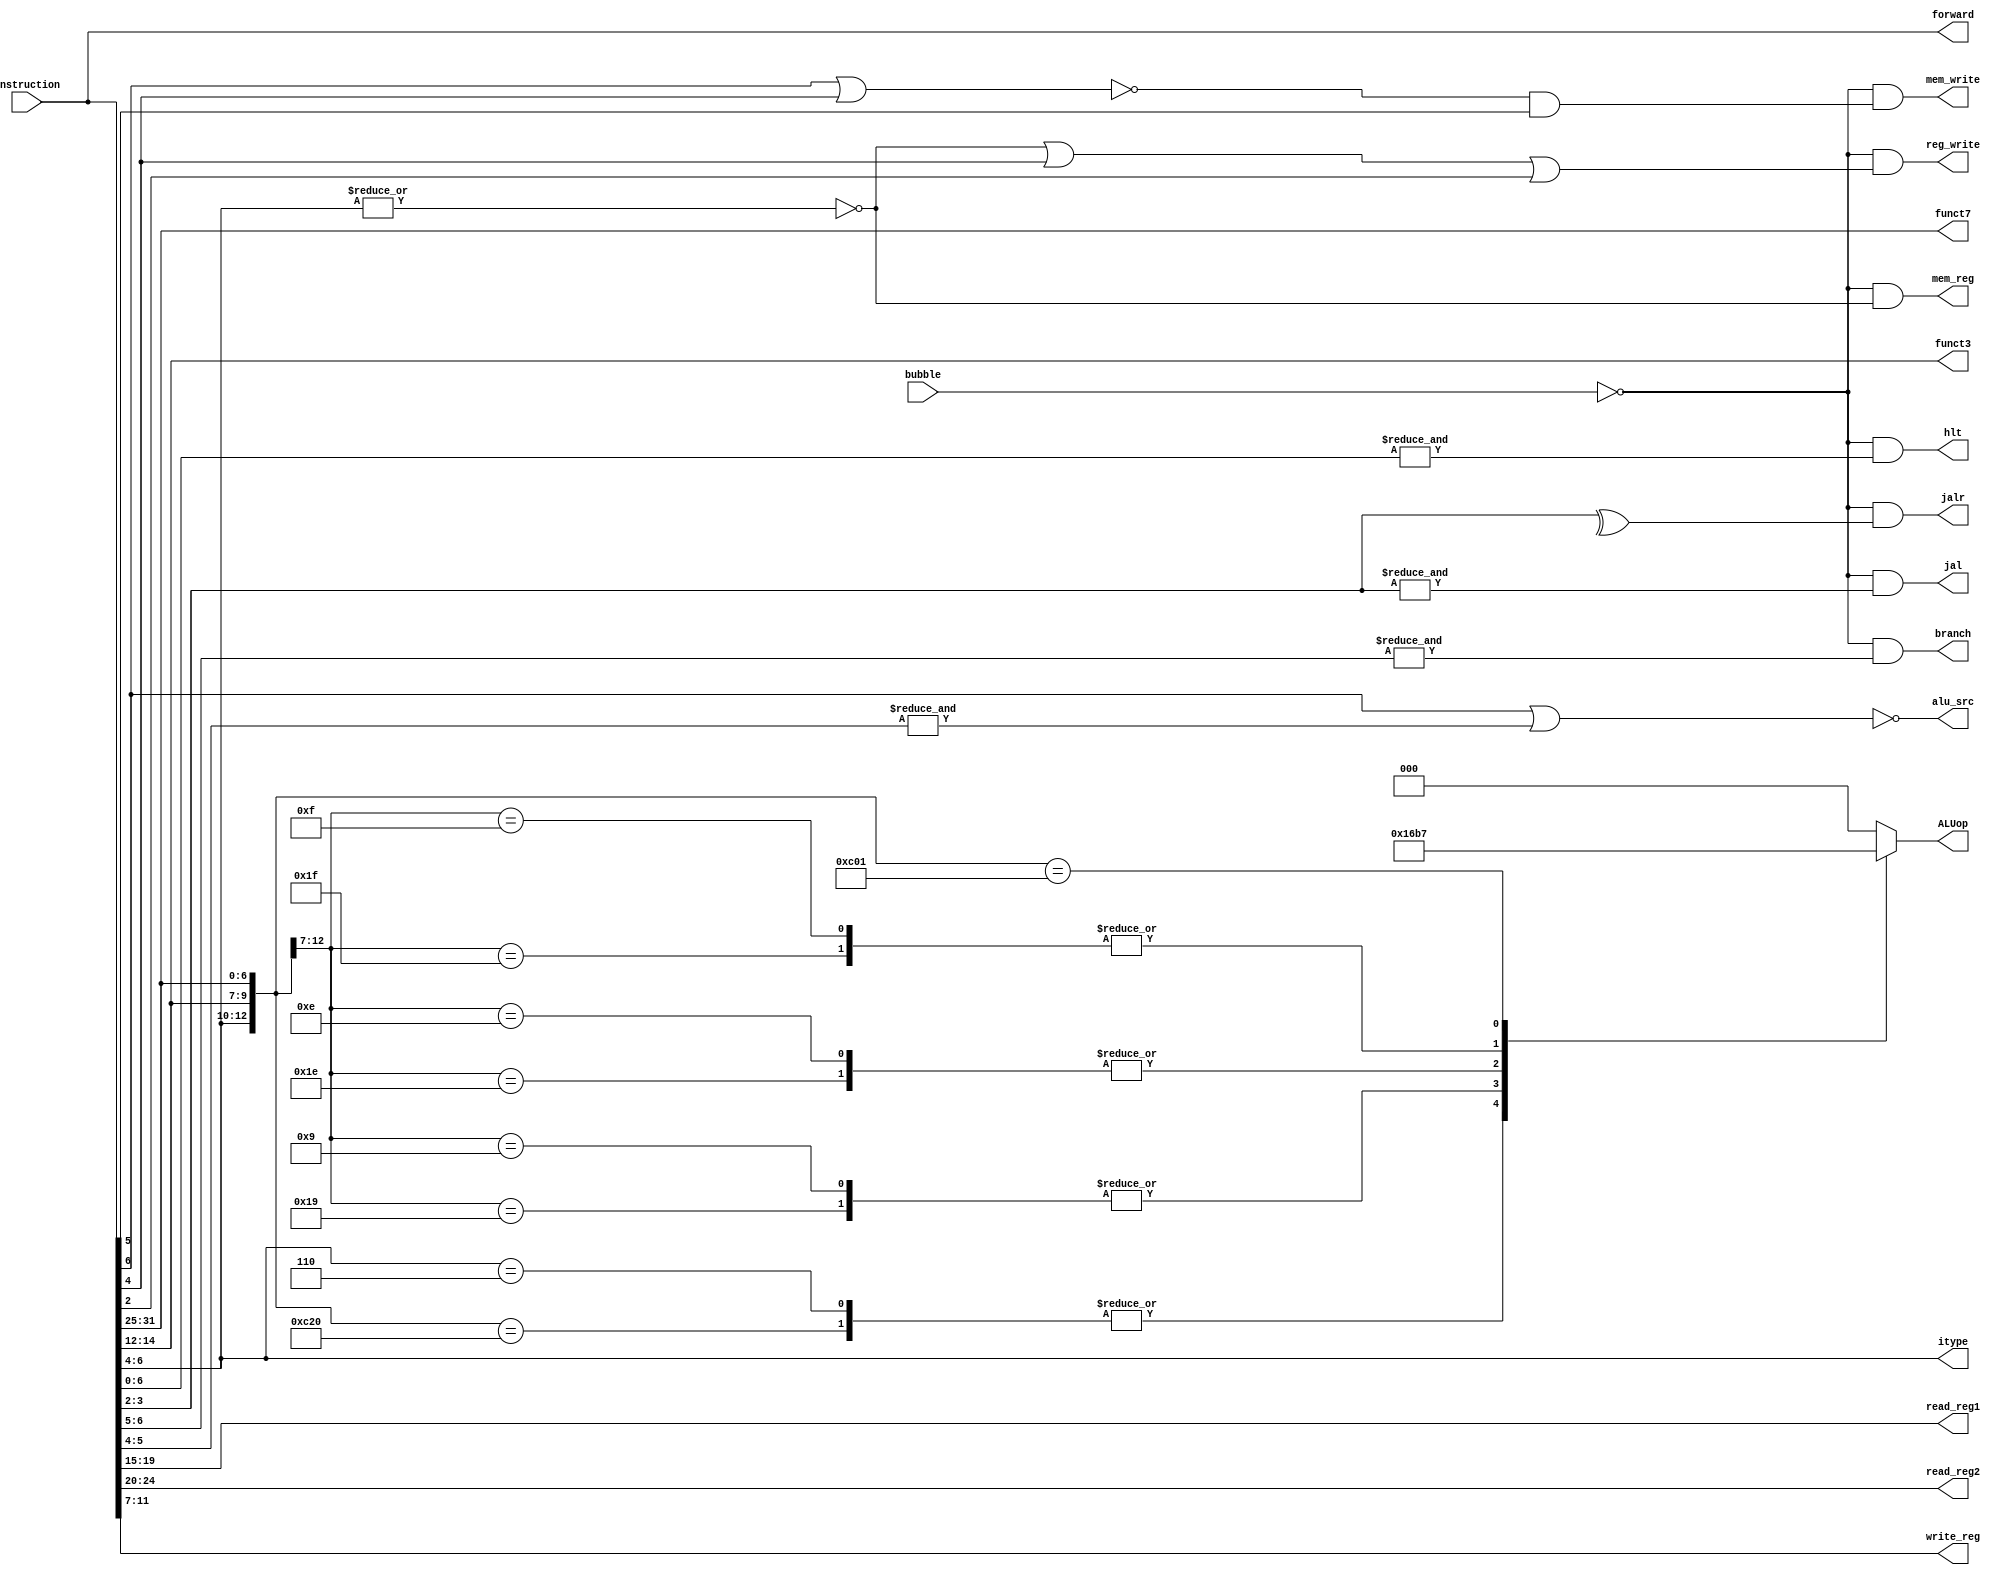
// Implementation of an instruction decoder. This is where all the magic starts and 
// where we implement the "meaning" of bits in an instruction. This takes in a single 
// 32 bit instruction and breaks it up into an anthology of output signals and busses that 
// control the state of the CPU in its entirety 
module iDecoder(instruction,
	bubble, 
	read_reg1,
	read_reg2,
	write_reg,
	reg_write,
	branch,
	mem_reg,
	mem_write,
	alu_src,
	funct3,
	funct7,
	itype,
	jal,
	jalr,
	forward,
	ALUop,
	hlt); 
	
	// =========== I/O ============
	input wire [31:0] instruction; // the only input we get is the instruction 
	input wire bubble; 
	
	output wire [31:0] forward; // the full instruction that will be forwarded 
	output wire [4:0] read_reg1; // the first register to read 
	output wire [4:0] read_reg2; // the second register to read 
	output wire [4:0] write_reg; // the register to write to if writing 
	
	// Control Signals 
	output wire hlt; // stop the processor 
	output wire reg_write; // write to the register file at (write_reg)
	output wire mem_reg; // (write_data) comes from memory? 
	output wire mem_write; // write to memory? 
	output wire alu_src; // second ALU input (read_reg2) or immediate value? 
	output wire branch; // whether or not we are executing a branch instruction 
	output reg [2:0] ALUop;
	
	// Let the ALU decide what to do based on I-type and funct fields 
	output wire [6:0] funct7; 
	output wire [2:0] funct3; 
	// output wire mult; // ... except for multiplication, lets figure that shit out ASAP
	
	// extras 
	output wire jal; // need to special case a jump and link instruction 
	output wire jalr; // need to special case a jump and link and return instruction 
	output wire [2:0] itype; // the type of instruction 
	
	// =========== Internals ============
	// we make some convienent internal wires for clarity. I'm doing this under the assumption
	// that wires without any logic are inexpensive in regard to speed. This will be one
	// of the places I optimize first if I'm hurting for clock frequency 
	wire [6:0] opcode;
	
	// =========== Assignments ============
	assign forward = instruction; // full instruction to pass on to immediate generation
	assign funct7 = instruction[31:25]; 
	assign read_reg2 = instruction[24:20]; 
	assign read_reg1 = instruction[19:15]; 
	assign funct3 = instruction[14:12]; 
	assign write_reg = instruction[11:7]; 
	assign opcode = instruction[6:0]; 
	
	// Looking at the opcodes we have the following map from opcode to instruction type 
	// 0110011 ==> R-Type instruction
	// 0100011 ==> Store instruction 
	// 0000011 ==> Load instruction 
	// 0010011 ==> I-Type instruction 
	// 1100011 ==> Beq instruction
	// 1101111 ==> Jal instruction 
	// 1100111 ==> Jalr instuction 
	// We note that the instruction type is entirely dependent on the 3 most significant 
	// bits and thus we can completely map our control signals like that. Thus we adopt the 
	// following "itype" codes 
	// 000 ==> Load instruction 
	// 001 ==> I-Type instruction 
	// 011 ==> R-Type instruction
	// 010 ==> Store instruction 
	// 110 ==> Branch instruction
	// Oh look! A gray code! 
	assign itype = opcode[6:4];
	
	assign hlt =(~bubble)&(&opcode); // Reduction AND of the opcode ==> 1 <==> (opcode == 7'b11111111)   
	assign jal =(~bubble)&(&opcode[3:2]); // Reduction AND of the opcode[3:2] ==> 1 <==> (opcode == 7'bXXX11XX)   
	assign jalr =(~bubble)&(^opcode[3:2]); // Reduction XOR of the opcode[3:2] ==> 1 <==> (opcode == 7'bXXX01XX || opcode == 7'bXXX10XX )   
	assign branch =(~bubble)&(&itype[2:1]); // 11X ==> means we have a branch
	assign mem_write = (~bubble)&((~(itype[2]|itype[0]))&itype[1]); // 010 ==> mem_write
	assign mem_reg =(~bubble)&(~|itype); // 000 ==> we are reading to reg from memory 
	assign alu_src = (~(itype[2]|(&itype[1:0]))); // 0XX and not X11 
	assign reg_write = (~bubble)&(((~|itype)|itype[0])|opcode[2]); // 000, 001, or 011 or a Ujump 
	// assign mult =(~bubble)&(((&itype[1:0])&(~|funct3[2:0]))&((~|funct7[6:1])&funct7[0])); 
	
	always @* begin 
		casez ({itype,funct3,funct7})
			13'b010_zzz_zzzzzzz, 13'b000_zzz_zzzzzzz, 13'b011_000_0000000, 13'b001_000_zzzzzzz : ALUop = 3'b000; // addition 
			13'b110_zzz_zzzzzzz, 13'b011_000_0100000 : ALUop = 3'b001; // subtraction 
			13'b001_001_zzzzzzz, 13'b011_001_zzzzzzz : ALUop = 3'b011; // shift 
			13'b001_110_zzzzzzz, 13'b011_110_zzzzzzz : ALUop = 3'b010; 
			13'b001_111_zzzzzzz, 13'b011_111_zzzzzzz : ALUop = 3'b110; 
			13'b011_000_0000001 : ALUop = 3'b111; // multiplication
			default : ALUop = 000; 
		endcase 
	end 

endmodule